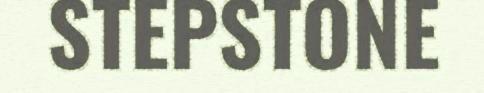
STEPSTONE